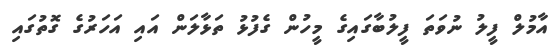
އާމުލް ފީލު ނުވަތަ ފީލުބާގައިގެ މީހުން ގެފުޅު ތަޅާލަން އައި އަހަރުގެ ގޮތުގައި